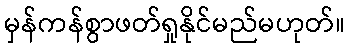
မှန်ကန်စွာဖတ်ရှုနိုင်မည်မဟုတ်။